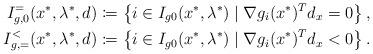
LaTeX: \begin{align*} I^=_{g,0}(x^*,\lambda^*,d)\coloneqq\left\{i\in I_{g0}(x^*,\lambda^*) \mid \nabla g_i(x^*)^Td_x=0\right\},\\I^<_{g,=}(x^*,\lambda^*,d)\coloneqq\left\{i\in I_{g0}(x^*,\lambda^*) \mid \nabla g_i(x^*)^Td_x<0\right\}.\end{align*}